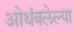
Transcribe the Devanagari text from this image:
ओथंबलेल्या